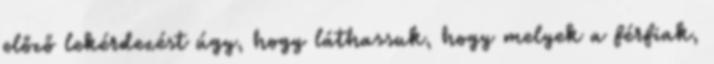
előző lekérdezést úgy, hogy láthassuk, hogy melyek a férfiak,